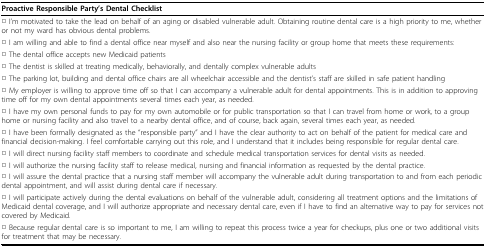
<table><thead><tr><td><b>Proactive Responsible Party&#x27;s Dental Checklist</b></td></tr></thead><tbody><tr><td>□ I&#x27;m motivated to take the lead on behalf of an aging or disabled vulnerable adult. Obtaining routine dental care is a high priority to me, whether or not my ward has obvious dental problems.</td></tr><tr><td>□ I am willing and able to find a dental office near myself and also near the nursing facility or group home that meets these requirements:</td></tr><tr><td>□ The dental office accepts new Medicaid patients</td></tr><tr><td>□ The dentist is skilled at treating medically, behaviorally, and dentally complex vulnerable adults</td></tr><tr><td>□ The parking lot, building and dental office chairs are all wheelchair accessible and the dentist&#x27;s staff are skilled in safe patient handling</td></tr><tr><td>□ My employer is willing to approve time off so that I can accompany a vulnerable adult for dental appointments. This is in addition to approving time off for my own dental appointments several times each year, as needed.</td></tr><tr><td>□ I have my own personal funds to pay for my own automobile or for public transportation so that I can travel from home or work, to a group home or nursing facility and also travel to a nearby dental office, and of course, back again, several times each year, as needed.</td></tr><tr><td>□ I have been formally designated as the “responsible party” and I have the clear authority to act on behalf of the patient for medical care and financial decision-making. I feel comfortable carrying out this role, and I understand that it includes being responsible for regular dental care.</td></tr><tr><td>□ I will direct nursing facility staff members to coordinate and schedule medical transportation services for dental visits as needed.</td></tr><tr><td>□ I will authorize the nursing facility staff to release medical, nursing and financial information as requested by the dental practice.</td></tr><tr><td>□ I will assure the dental practice that a nursing staff member will accompany the vulnerable adult during transportation to and from each periodic dental appointment, and will assist during dental care if necessary.</td></tr><tr><td>□ I will participate actively during the dental evaluations on behalf of the vulnerable adult, considering all treatment options and the limitations of Medicaid dental coverage, and I will authorize appropriate and necessary dental care, even if I have to find an alternative way to pay for services not covered by Medicaid.</td></tr><tr><td>□ Because regular dental care is so important to me, I am willing to repeat this process twice a year for checkups, plus one or two additional visits for treatment that may be necessary.</td></tr></tbody></table>